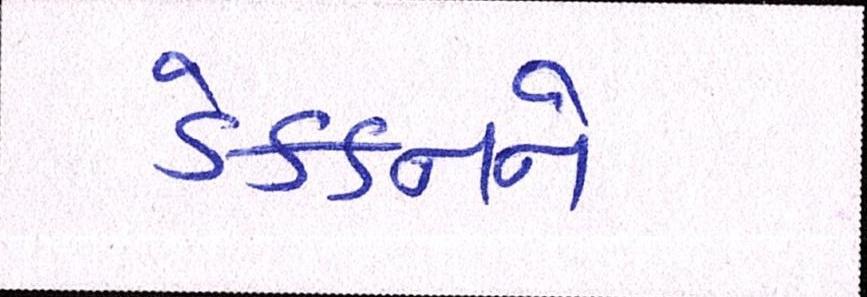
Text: ડેક્કનને